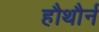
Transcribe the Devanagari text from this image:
हौथौर्न